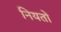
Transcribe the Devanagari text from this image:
नियतों